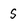
Character: s